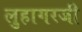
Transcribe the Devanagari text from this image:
लुहागरजी